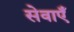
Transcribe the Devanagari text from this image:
सेवाएॅं